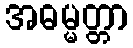
အဓမ္မတ္တာ